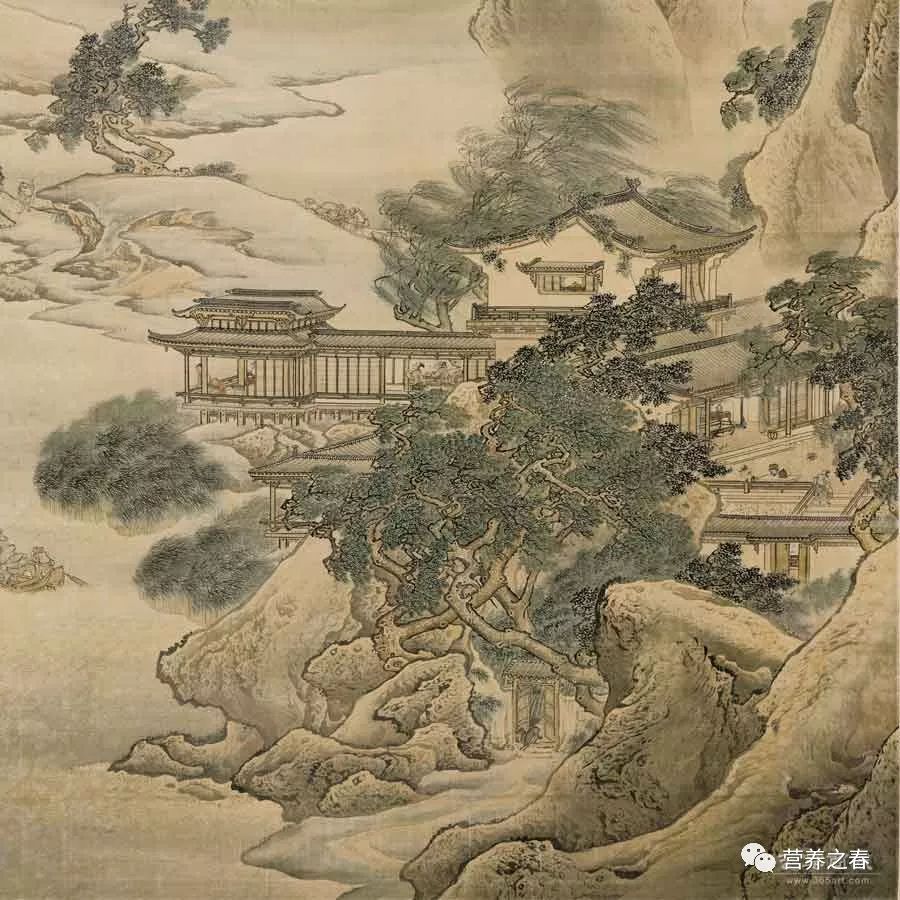
溪云初起日沉阁，山雨欲来风满楼。